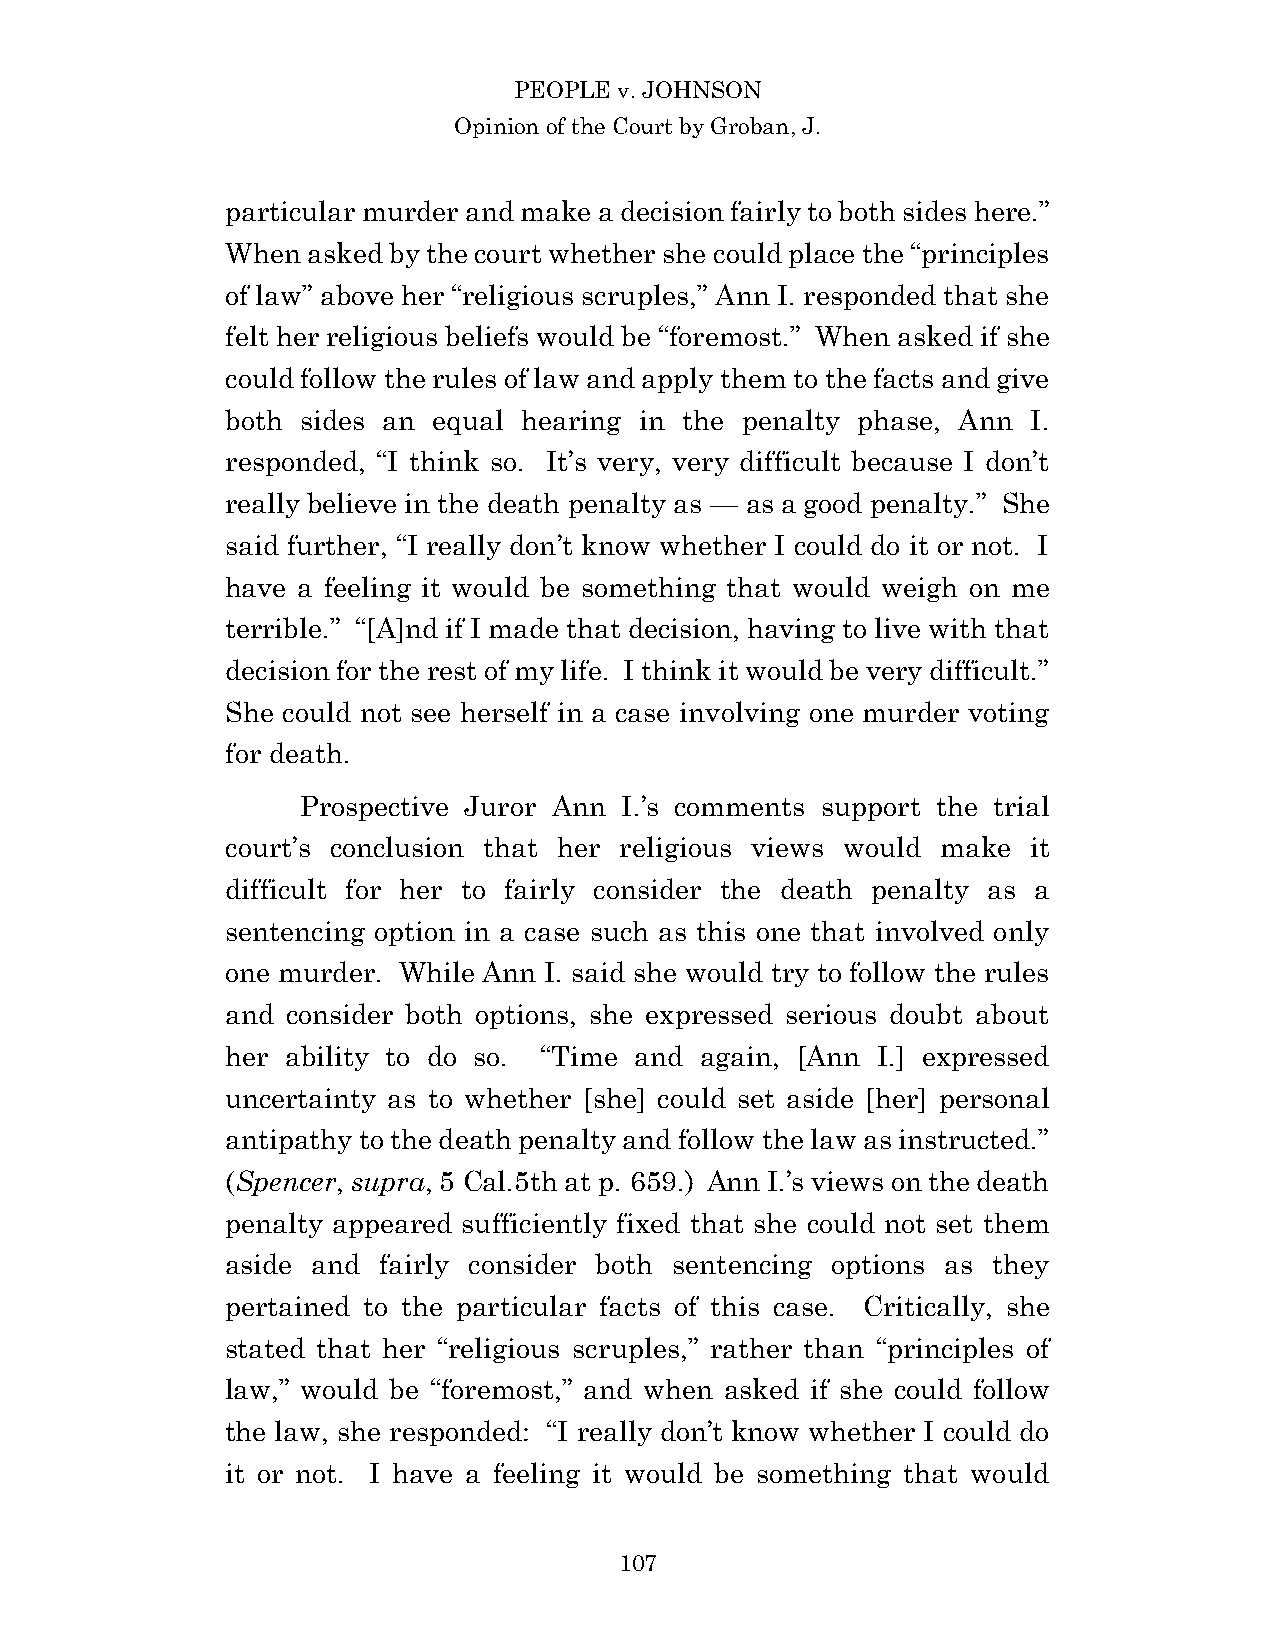
PEOPLE v. JOHNSON
 Opinion of the Court by Groban, J.
 particular murder and make a decision fairly to both sides here.”
 When asked by the court whether she could place the “principles
 of law” above her “religious scruples,” Ann I. responded that she
 felt her religious beliefs would be “foremost.” When asked if she
 could follow the rules of law and apply them to the facts and give
 both sides an equal hearing in the penalty phase, Ann I.
 responded, “I think so. It’s very, very difficult because I don’t
 really believe in the death penalty as — as a good penalty.” She
 said further, “I really don’t know whether I could do it or not. I
 have a feeling it would be something that would weigh on me
 terrible.” “[A]nd if I made that decision, having to live with that
 decision for the rest of my life. I think it would be very difficult.”
 She could not see herself in a case involving one murder voting
 for death.
 Prospective Juror Ann I.’s comments support the trial
 court’s conclusion that her religious views would make it
 difficult for her to fairly consider the death penalty as a
 sentencing option in a case such as this one that involved only
 one murder. While Ann I. said she would try to follow the rules
 and consider both options, she expressed serious doubt about
 her ability to do so. “Time and again, [Ann I.] expressed
 uncertainty as to whether [she] could set aside [her] personal
 antipathy to the death penalty and follow the law as instructed.”
 (Spencer, supra, 5 Cal.5th at p. 659.) Ann I.’s views on the death
 penalty appeared sufficiently fixed that she could not set them
 aside and fairly consider both sentencing options as they
 pertained to the particular facts of this case. Critically, she
 stated that her “religious scruples,” rather than “principles of
 law,” would be “foremost,” and when asked if she could follow
 the law, she responded: “I really don’t know whether I could do
 it or not. I have a feeling it would be something that would
 10 7